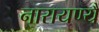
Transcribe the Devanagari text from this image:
नारायण्यै